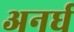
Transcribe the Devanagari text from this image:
अनर्घ